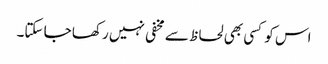
اس کو کسی بھی لحاظ سے مخفی نہیں رکھا جا سکتا۔